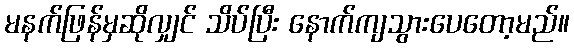
မနက်ဖြန်မှဆိုလျှင် သိပ်ပြီး နောက်ကျသွားပေတော့မည်။